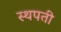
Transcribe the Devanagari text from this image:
स्थपती